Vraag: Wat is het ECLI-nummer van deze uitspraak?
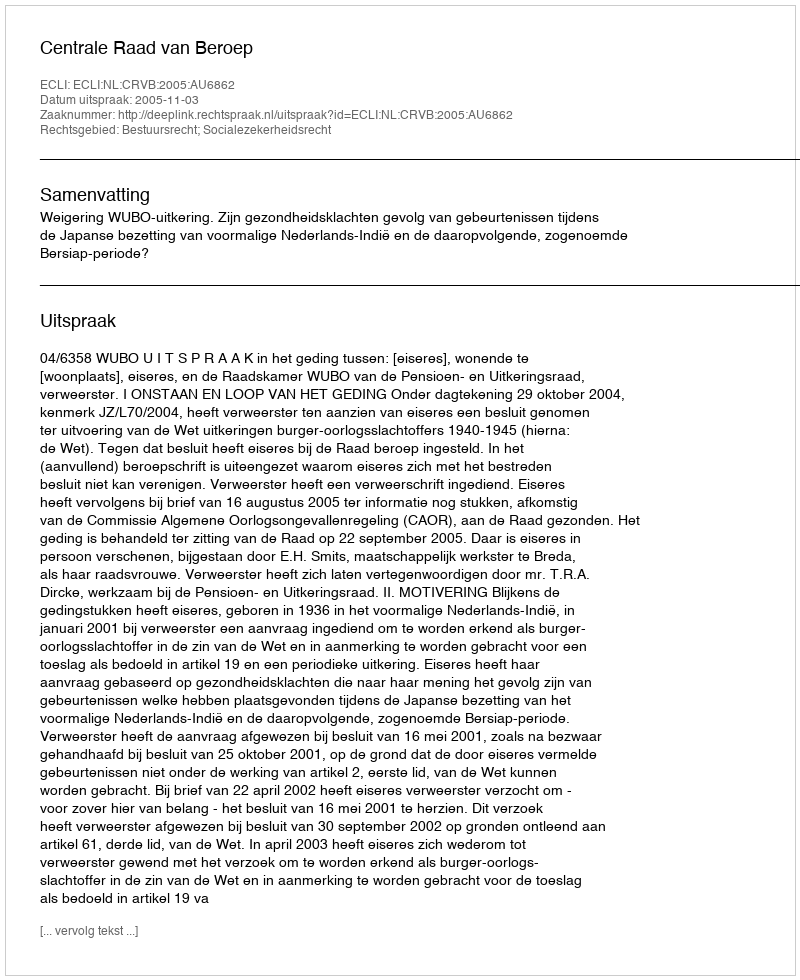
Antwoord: ECLI:NL:CRVB:2005:AU6862